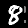
Label: 8